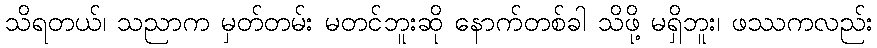
သိရတယ်၊ သညာက မှတ်တမ်း မတင်ဘူးဆို နောက်တစ်ခါ သိဖို့ မရှိဘူး၊ ဖဿကလည်း